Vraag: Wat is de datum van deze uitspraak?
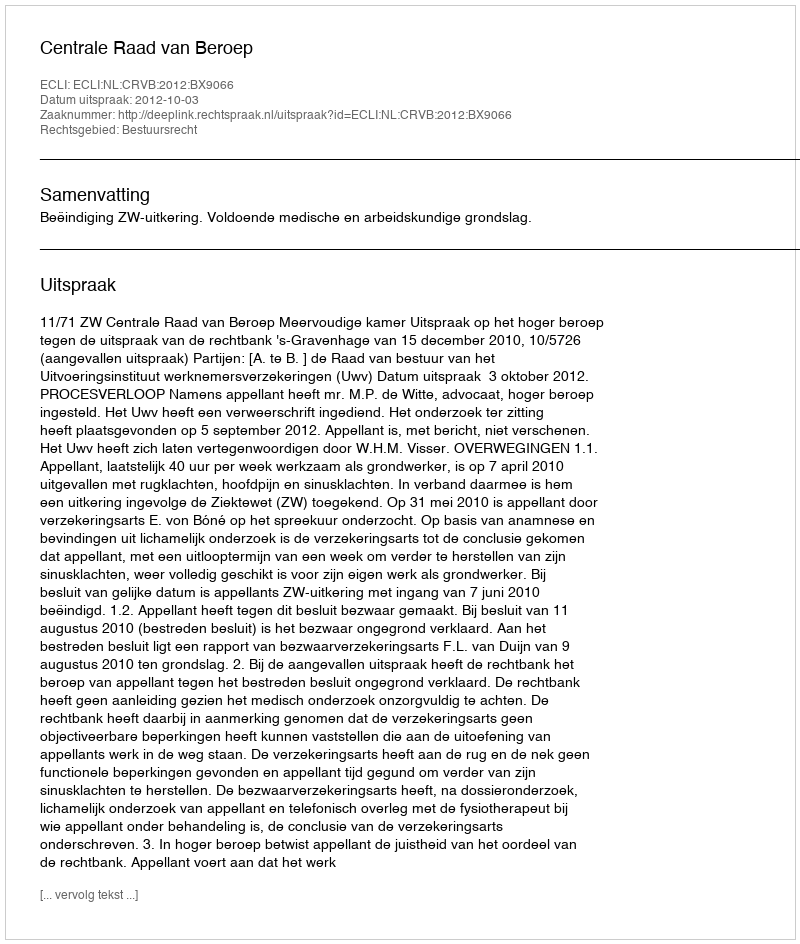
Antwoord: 2012-10-03